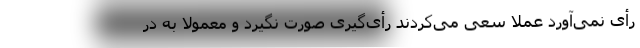
رأی نمی‌آورد عملا سعی می‌کردند رأی‌گیری صورت نگیرد و معمولا به در